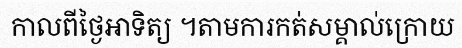
កាលពីថ្ងៃអាទិត្យ ។តាមការកត់សម្គាល់ក្រោយ